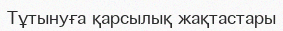
Тұтынуға қарсылық жақтастары